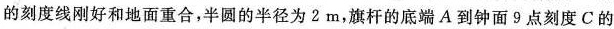
的刻度线刚好和地面重合，半圆的半径为2m，旗杆的底端A到钟面9点刻度C的